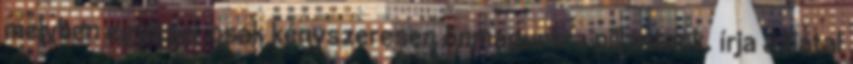
melyben egyszer csak kényszeresen önmagunkra pillantunk, írja a fiatal